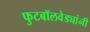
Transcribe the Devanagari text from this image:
फुटबॉलवेड्यांनी